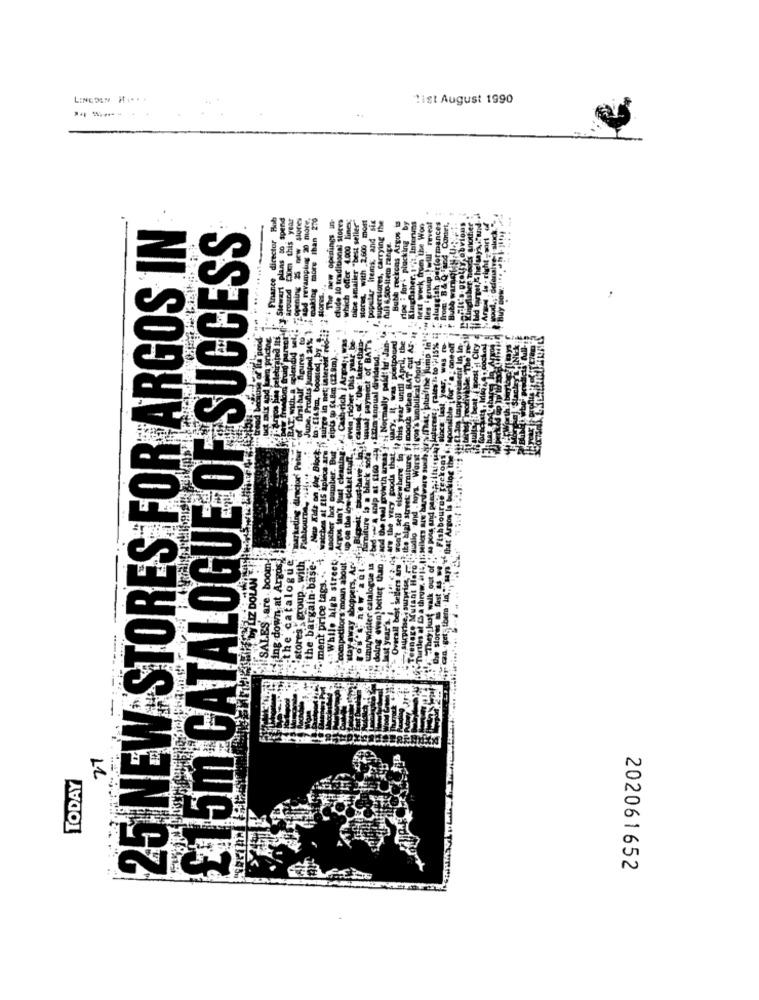
LINCOLN HA ...
ligt August 1990
-- 4
Finance director Bob
plans to spend
Around 230m this year
Isel! opening 25new store
cod revampplugg 20 more.
ad 24% } /making more than 270
clude 10 traditional stores
which offer 4.000 lines;
nipe smaller "best seller"
stores. with 2.600 most
"popular items and six
. superstores, carrying the
KingDaher 1: Interims
25 NEW STORES FOR ARGOS IN
£15m CATALOGUE OF SUCCESS
The new openings in
Bube reckons Argos 13
ripe : for. plucking by
."next week from the Won
1.2 -w Bies grup: All' reveal
fun & sio-item range.
Paneerff. y. Stewart
Hores. ..
T cut AF- H
this year be
uter than-
ect of BAT'S
postponed
paidt tu . Jan-
cil, the
Algures
dend,
hord.
div
oom-
ing down at Argos)
atalogue
"stores - group , with
the bargain-base-
"competitors moun about.
.- While high street
· ment price tags. ..
Z DOÙ
ES
tay
27
TODAY
202061652